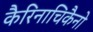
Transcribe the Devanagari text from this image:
कैरिनाचिकैनो